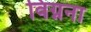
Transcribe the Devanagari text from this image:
विग्नना